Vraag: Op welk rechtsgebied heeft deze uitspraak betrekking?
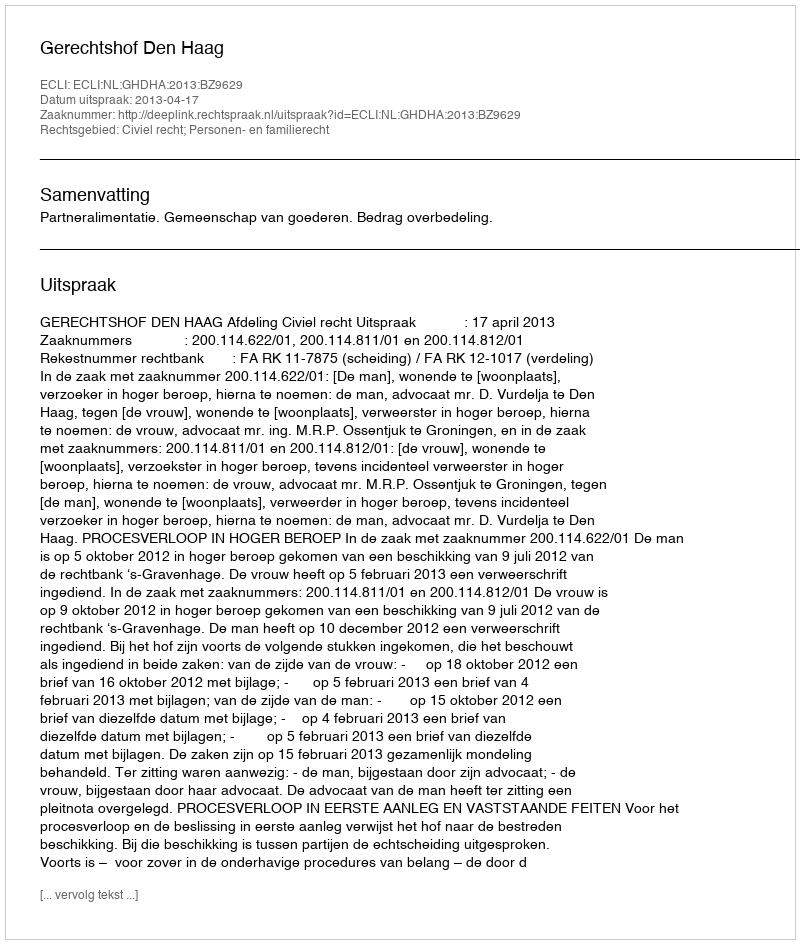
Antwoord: Civiel recht; Personen- en familierecht